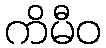
ကိမီဝ